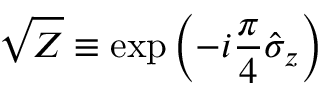
\sqrt { Z } \equiv \exp \left( - i \frac { \pi } { 4 } \hat { \sigma } _ { z } \right)